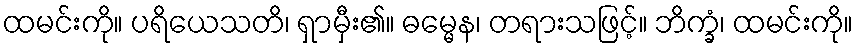
ထမင်းကို။ ပရိယေသတိ၊ ရှာမှီး၏။ ဓမ္မေန၊ တရားသဖြင့်။ ဘိက္ခံ၊ ထမင်းကို။